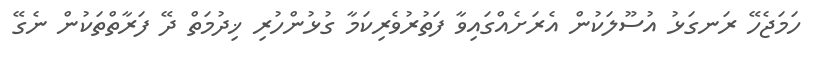
ހަމަޖެހޭ ރަނގަޅު އުސޫލަކުން އެރަށެއްގައިވާ ފަތުރުވެރިކަމާ ގުޅުންހުރި ޚިދުމަތް ދޭ ފަރާތްތަކުން ނެގޭ